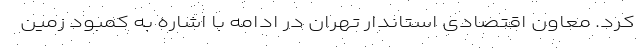
کرد. معاون اقتصادی استاندار تهران در ادامه با اشاره به کمبود زمین